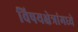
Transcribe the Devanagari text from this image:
विषयक्षेत्रांमध्ये